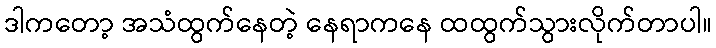
ဒါကတော့ အသံထွက်နေတဲ့ နေရာကနေ ထထွက်သွားလိုက်တာပါ။